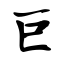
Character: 巨